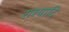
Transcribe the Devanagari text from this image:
राश्यादि